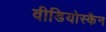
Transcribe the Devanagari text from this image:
वीडियोस्कैन